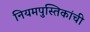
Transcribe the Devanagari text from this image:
नियमपुस्तिकांची